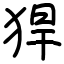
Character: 猂